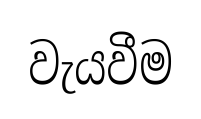
වැයවීම